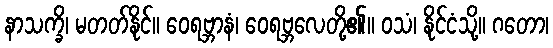
နာသက္ခိ၊ မတတ်နိုင်။ ဝေရဗ္ဘာနံ၊ ဝေရဗ္ဘလေတို့၏။ ဝသံ၊ နိုင်ငံသို့။ ဂတော၊